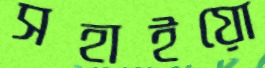
সহাইয়ো